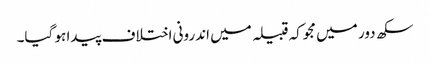
سکھ دور میں مجوکہ قبیلہ میں اندرونی اختلاف پیدا ہو گیا۔